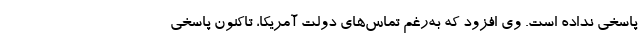
پاسخی نداده است. وی افزود که به‌رغم تماس‌های دولت آمریکا، تاکنون پاسخی